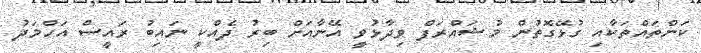
ކަންތައްތަކާއި ގުޅޭގޮތުން މުޝައްރަފް ވިދާޅުވީ އޭނާއަށް ބިރު ދެއްކީ ނައިބު ރައީސް އަހްމަދު